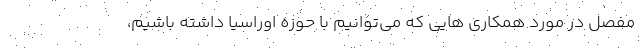
مفصل در مورد همکاری هایی که می‌توانیم با حوزه اوراسیا داشته باشیم،